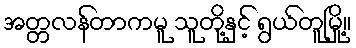
အတ္တလန်တာကမူ သူတို့နှင့် ရွယ်တူမြို့။